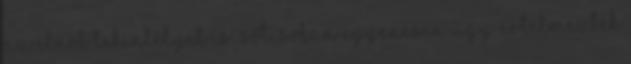
az elnök tekintélyét is. Sőt, sokan egyenesen úgy értelmezték